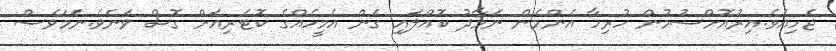
ޖެހިއެވެ.އިރުއޮށްސުމުން ހުރިހާ އެންމެން ނަމާދު ކޮއްލައި ގެން އެމީހެއްގެ ކޮޓަރިއަށް ގޮސް ވަނެވެ.ނަމަވެސް